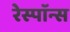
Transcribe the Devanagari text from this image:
रेस्पाॅन्स